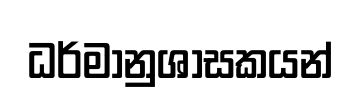
ධර්මානුශාසකයන්